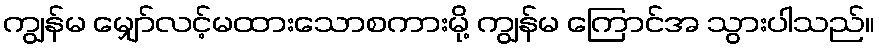
ကျွန်မ မျှော်လင့်မထားသောစကားမို့ ကျွန်မ ကြောင်အ သွားပါသည်။